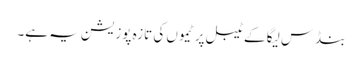
بنڈس لیگا کے ٹیبل پر ٹیموں کی تازہ پوزیشن یہ ہے۔